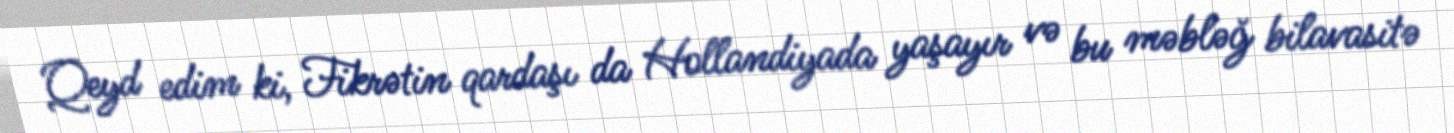
Qeyd edim ki, Fikrətin qardaşı da Hollandiyada yaşayır və bu məbləğ bilavasitə